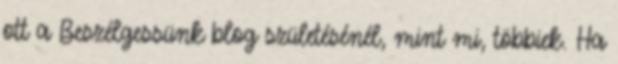
ott a Beszélgessünk blog születésénél, mint mi, többiek. Ha